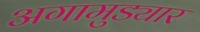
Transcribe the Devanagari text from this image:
अगामुड्यार